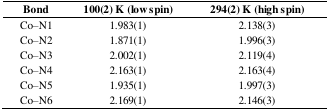
<table><thead><tr><td><b>Bond</b></td><td><b>100(2) K (low spin)</b></td><td><b>294(2) K (high spin)</b></td></tr></thead><tbody><tr><td>Co–N1</td><td>1.983(1)</td><td>2.138(3)</td></tr><tr><td>Co–N2</td><td>1.871(1)</td><td>1.996(3)</td></tr><tr><td>Co–N3</td><td>2.002(1)</td><td>2.119(4)</td></tr><tr><td>Co–N4</td><td>2.163(1)</td><td>2.163(4)</td></tr><tr><td>Co–N5</td><td>1.935(1)</td><td>1.997(3)</td></tr><tr><td>Co–N6</td><td>2.169(1)</td><td>2.146(3)</td></tr></tbody></table>